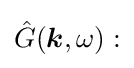
{\hat {G}}({\boldsymbol {k}},\omega ):